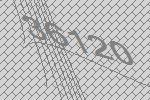
36120